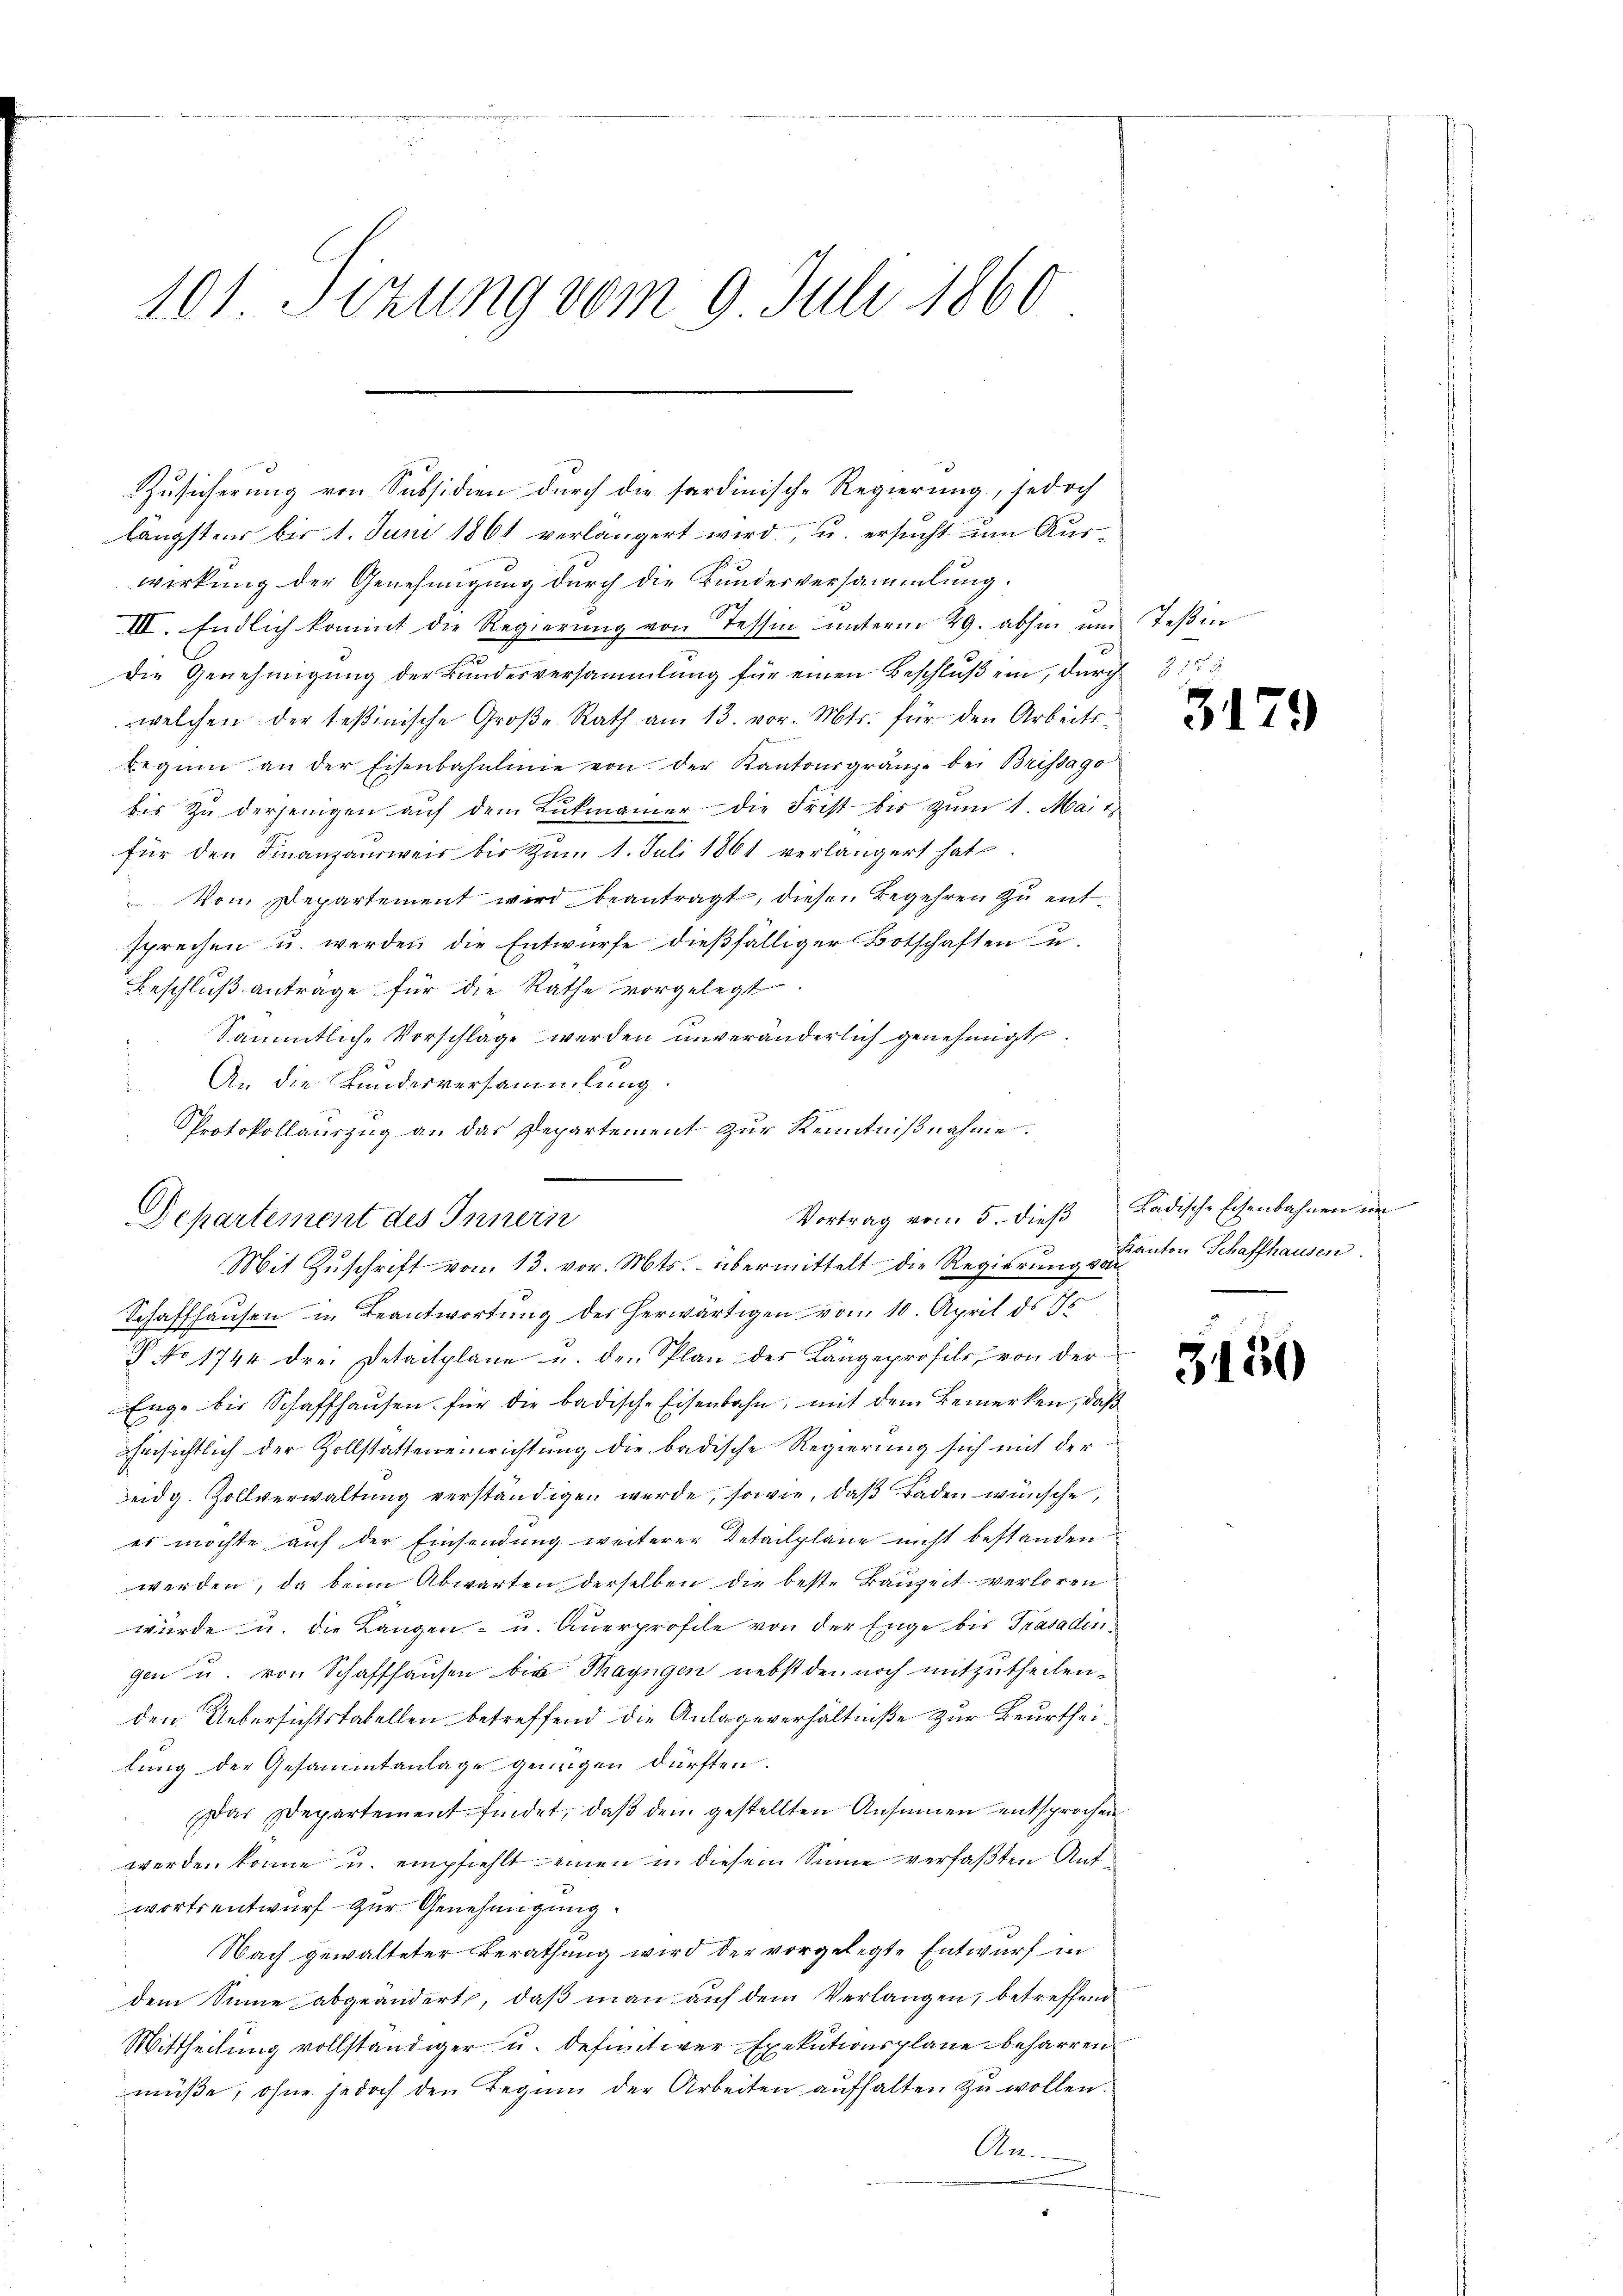
101. Seizung vom 9. Juli 1860

längster bis 1. Juni 1861 verlängert wird, u. ersucht um Auswirkung der Genehmigung durch die Bundesversammlung.
III. Endlich kommt die Regierung von Tessin unterm 29. abhin und Teßin
die Genehmigŭng der Bundesversammlung für einen Beschlŭβ ein, durch 3
welchen der teβinische Groβe Rath am 13. vor. Mts. für den Arbeits-
beginn an der Eisenbahnlinie von der Kantonsgränze bei Brissago
bis zu derjenigen auf dem Lukmanner die Frist bis zum 1. Mai t
für den Finanzausweis bis zum 1. Juli 1861 verlängert hat.
Vom Departement wird beantragt, diesen Begehren zu entsprechen u. werden die Entwürfe dieβfälliger Botschaften u.
Beschluß antrage für die Rathe vorgelegt
Sämmtliche Vorschlage werden unveränderlich genehmigt.
2
An die Kundesversammlung
Protokollauszug an das Departement zur Kenntnißnahme.
Departement des Innern
Mit Zuschrift vom 13. vor. Mts. übermittelt die Regierung von
Schaffhausen in Beantwortung des herwärtigen vom 10. April ds 15
P No 1744. drei Detailplane u. den Plan der Längeprofils von der
Enge bis Schaffhaŭsen für die badische Eisenbahn, mit dem Bemerken, daß
ahnsichtlich der Zollstatteneinrichtung die badische Regierung sich mit der
eidg. Zollverwaltŭng verständigen werde, sowie, daβ Baden wünsche,
es möchte auf der Einsendung weiterer Detailpläne nicht bestanden
werden, da beim Abwarten derselben die beste Bauzeit verloren
würde u. die Langen u. Anerprofile von der Enge bis Trasadingen u. von Schaffhausen bis Thayngen nebst den noch mitzutheilen.
den Uebersichtstabellen betreffend die Anlage verhältniße zur Beurtheilung der Gesammtanlage genügen dürften.
Das Departement findet, daβ dem gestellten Ansamen entsprochen
werden könne u. empfiehlt einen in diesem Sinne verfaßten Antwortsentwurf zur Genehmigung.
Nach gewalteter Berathung wird der vorgelegte Entwurf in
dem Sinne abgeändert, daß man auf dem Verlangen, betreffende
Mittheilung vollständiger u. definitiver Exekutionsplane beharren
müße, ohne jedoch den Beginn der Arbeiten aufhalten zŭ wollen.
An

Zusicherung von Subsidien durch die sardinisch-Regierung, jedoch

317

Vortrag vom 5. dieß Ladische Eisenbahnen im
kanton Schaffhausen.

3150

)